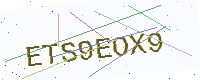
Text: ETS9EOX9